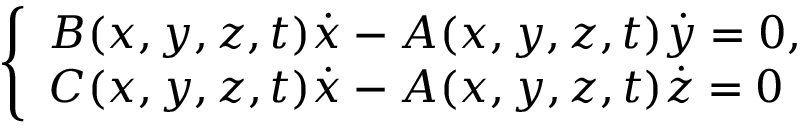
\left\{ \begin{array} { l } { B ( x , y , z , t ) { \dot { x } } - A ( x , y , z , t ) { \dot { y } } = 0 , } \\ { C ( x , y , z , t ) { \dot { x } } - A ( x , y , z , t ) { \dot { z } } = 0 } \end{array} \right.